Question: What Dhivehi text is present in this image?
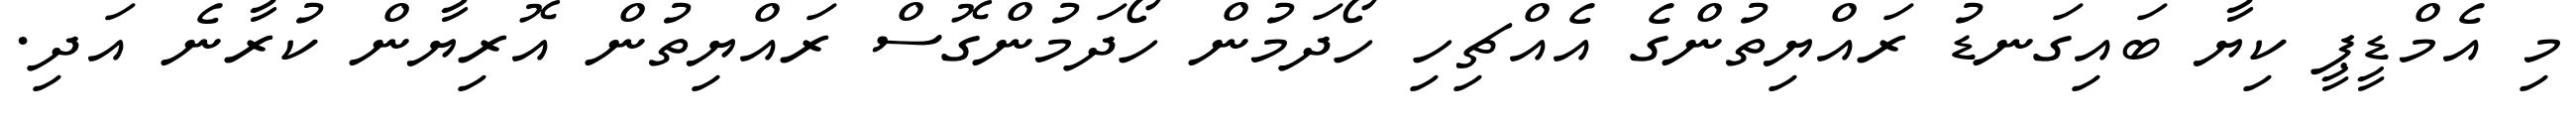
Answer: މި އެމްޑީޕީ ކިޔާ ބައިގަނޑު ރައްޔިތުންގެ އެއްޗިހި ހޯދަމުން ހޯދަމުންގޮސް ރައްޔިތުން އޮރިޔާން ކުރާނެ އަދި.